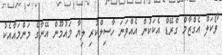
ވޯކަލް އެގްޒާމް ގްރޭޑް އެކަކުން އެއްވަނަ ހާސިލްކުރި ލިޔާ މައުމޫން އޭނާގެ މަންމައާއެކު